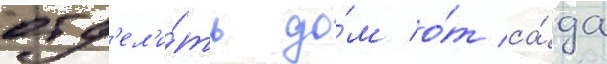
отд'ел'и́ть до́м о́т са́да